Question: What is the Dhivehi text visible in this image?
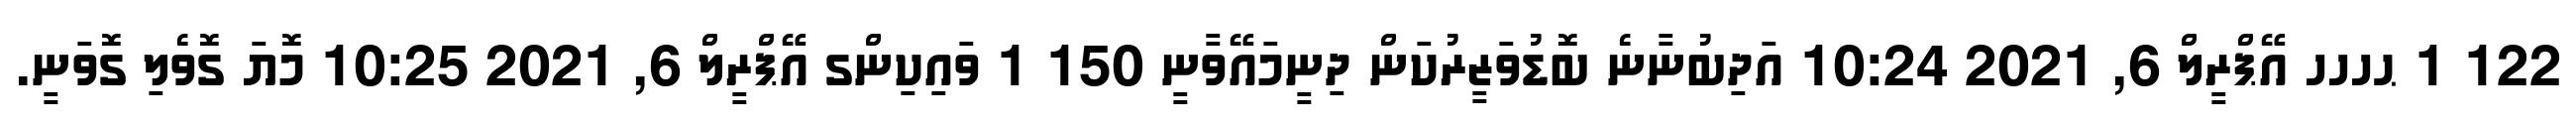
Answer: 122 1 ޙހހހ އޭޕްރީލް 6, 2021 10:24 އަދިބުނާނެ ބޮޑުވަޒީރުކަން ދިނީމައޭވާނީ 150 1 ވައިކިންގ އޭޕްރީލް 6, 2021 10:25 މޮޔަ ގޮވެލި ގޮވަނީ.